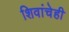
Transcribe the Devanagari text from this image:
शिवांचेही